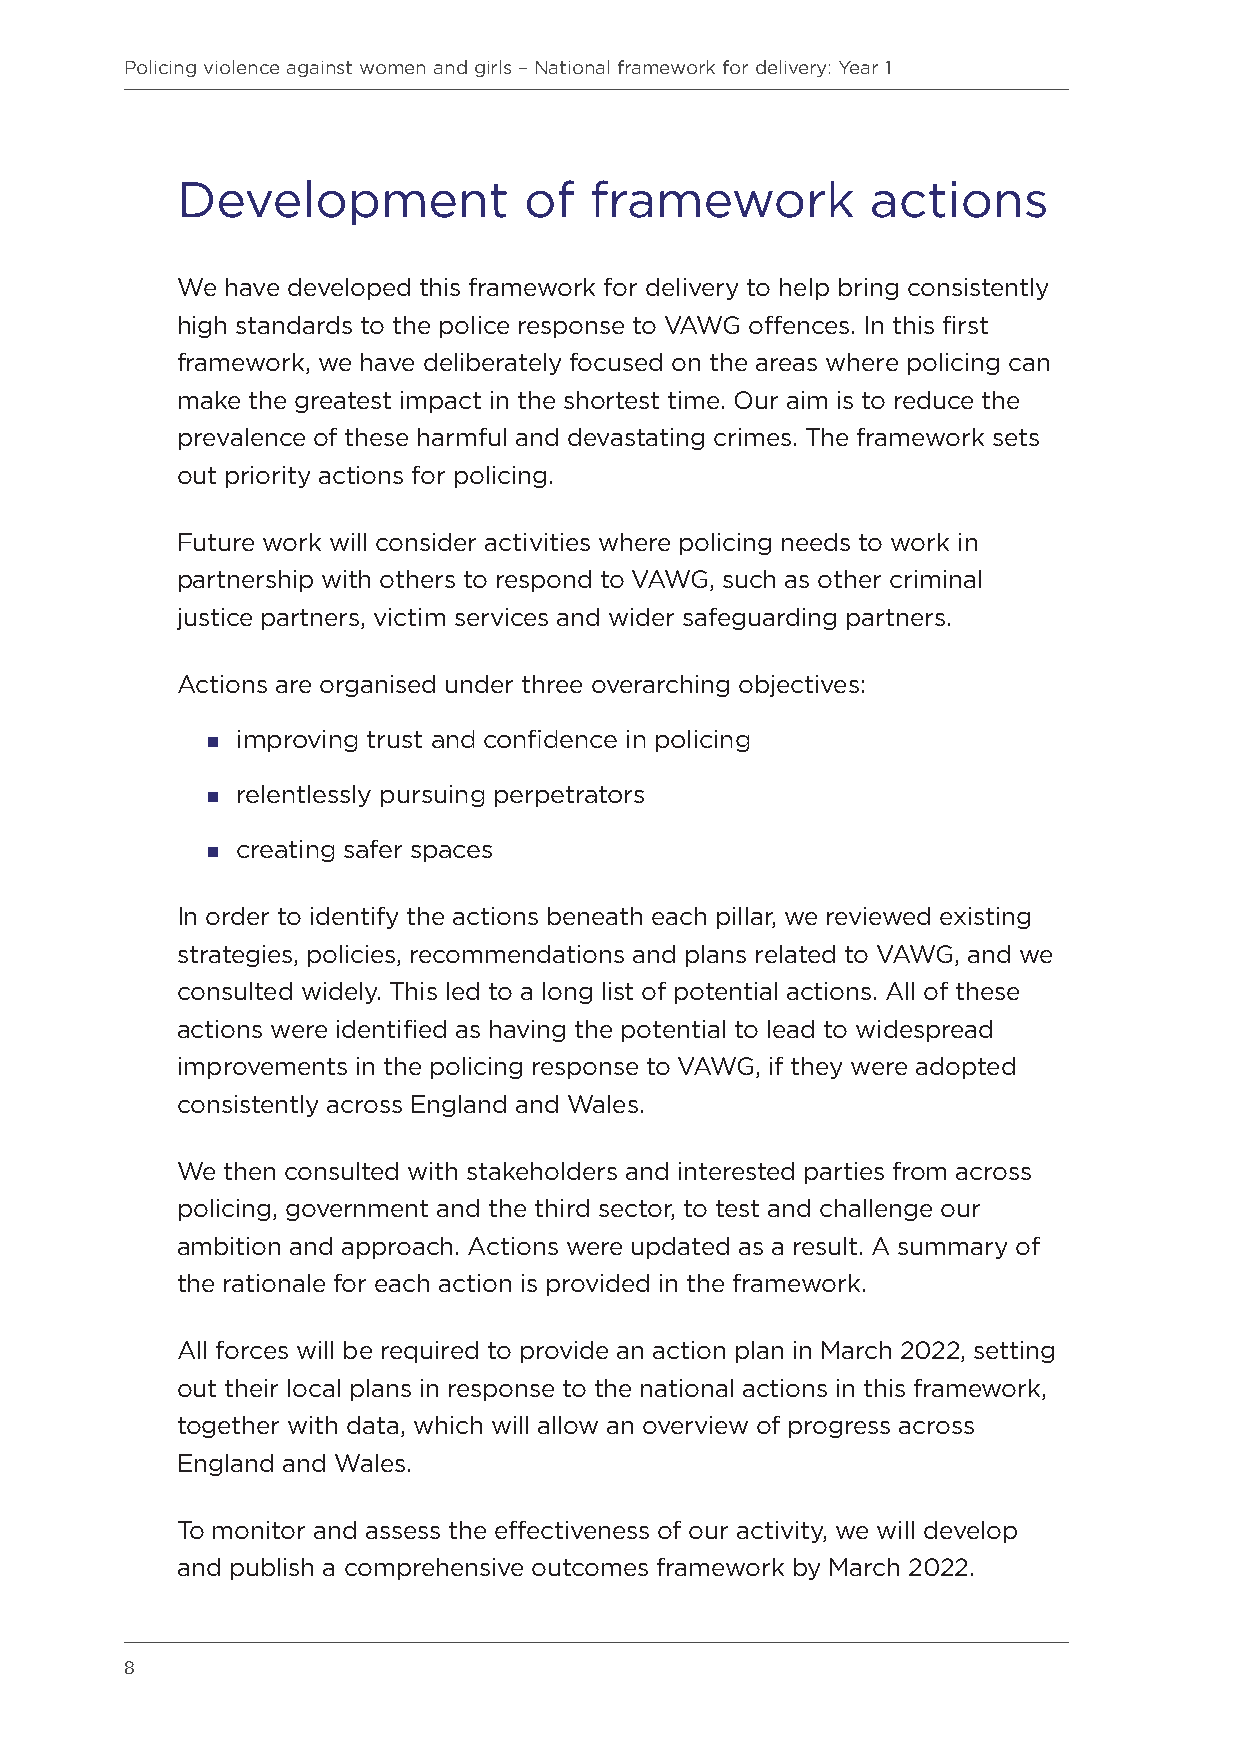
Policing violence against women and girls – National framework for delivery: Year 1
 Development            of  framework          actions
 We have developed this framework for delivery to help bring consistently
 high standards to the police response to VAWG offences. In this first
 framework, we have deliberately focused on the areas where policing can
 make the greatest impact in the shortest time. Our aim is to reduce the
 prevalence of these harmful and devastating crimes. The framework sets
 out priority actions for policing.
 Future work will consider activities where policing needs to work in
 partnership with others to respond to VAWG, such as other criminal
 justice partners, victim services and wider safeguarding partners.
 Actions are organised under three overarching objectives:
  improving trust and confidence in policing
  relentlessly pursuing perpetrators
  creating safer spaces
 In order to identify the actions beneath each pillar, we reviewed existing
 strategies, policies, recommendations and plans related to VAWG, and we
 consulted widely. This led to a long list of potential actions. All of these
 actions were identified as having the potential to lead to widespread
 improvements in the policing response to VAWG, if they were adopted
 consistently across England and Wales.
 We then consulted with stakeholders and interested parties from across
 policing, government and the third sector, to test and challenge our
 ambition and approach. Actions were updated as a result. A summary of
 the rationale for each action is provided in the framework.
 All forces will be required to provide an action plan in March 2022, setting
 out their local plans in response to the national actions in this framework,
 together with data, which will allow an overview of progress across
 England and Wales.
 To monitor and assess the effectiveness of our activity, we will develop
 and publish a comprehensive outcomes framework by March 2022.
 8